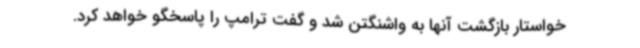
خواستار بازگشت آنها به واشنگتن شد و گفت ترامپ را پاسخگو خواهد کرد.